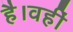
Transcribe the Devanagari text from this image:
है।वहीं